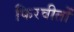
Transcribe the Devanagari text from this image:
फिरवीतों